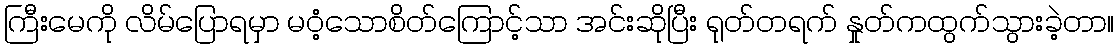
ကြီးမေကို လိမ်ပြောရမှာ မဝံ့သောစိတ်ကြောင့်သာ အင်းဆိုပြီး ရုတ်တရက် နှုတ်ကထွက်သွားခဲ့တာ။